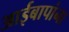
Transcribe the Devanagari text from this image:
आईबापांना